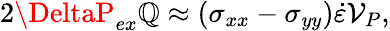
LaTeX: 2\DeltaP_{ex}\mathbb{Q}\approx(\sigma_{xx}-\sigma_{yy})\dot{{\varepsilon}}\mathcal{{V}}_{P},